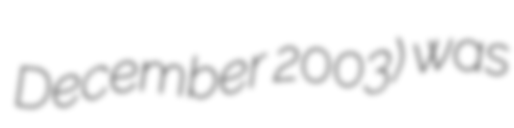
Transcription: December 2003) was